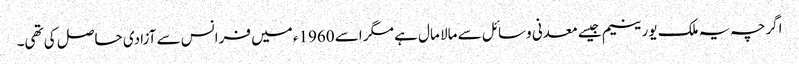
اگرچہ یہ ملک یورینیم جیسے معدنی وسائل سے مالا مال ہے مگر اسے 1960ء میں فرانس سے آزادی حاصل کی تھی۔